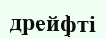
дрейфті